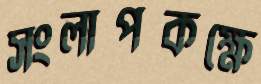
সংলাপকক্ষে